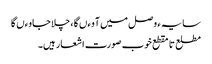
سایہء وصل میں آوءں گا ، چلا جاوءں گا
مطلع تا مقطع خوب صورت اشعار ہیں۔